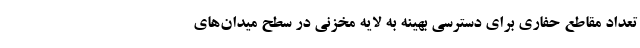
تعداد مقاطع حفاری برای دسترسی بهینه به لایه مخزنی در سطح میدان‌های